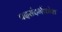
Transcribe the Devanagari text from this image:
पदसंदर्भकोश